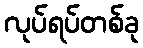
လုပ်ရပ်တစ်ခု